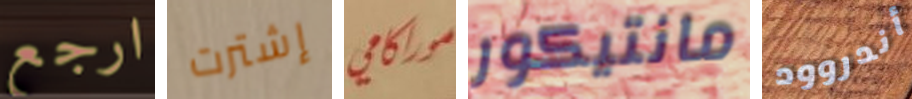
ارجع إشترت موراكامي مانتيكور أندروود